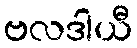
ဗလဒါယီ